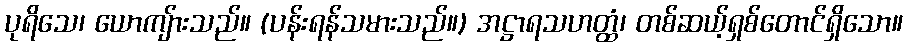
ပုရိသေ၊ ယောကျ်ားသည်။ (ပန်းရန်သမားသည်။) အဋ္ဌာရသဟတ္ထံ၊ တစ်ဆယ့်ရှစ်တောင်ရှိသော။